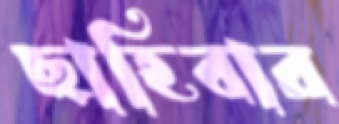
ছাহিবার